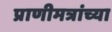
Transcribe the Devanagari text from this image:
प्राणीमत्रांच्या